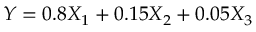
Y = 0 . 8 X _ { 1 } + 0 . 1 5 X _ { 2 } + 0 . 0 5 X _ { 3 }